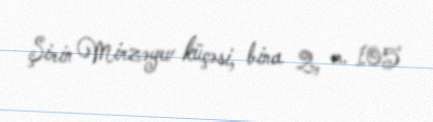
Şirin Mirzəyev küçəsi, bina 2, m. 105